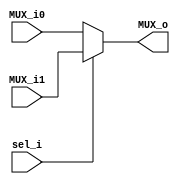
`timescale 1ns / 1ps
//////////////////////////////////////////////////////////////////////////////////
// Company: 
// Engineer: 
// 
// Design Name: 
// Module Name: MUX
// Project Name: 
// Target Devices: 
// Tool Versions: 
// Description: 
// 
// Dependencies: 
// 
// Revision:
// Revision 0.01 - File Created
// Additional Comments:
// 
//////////////////////////////////////////////////////////////////////////////////


module MUX(
    input [31:0] MUX_i0,
    input [31:0] MUX_i1,
    input        sel_i,
    output [31:0] MUX_o
    );
    
    assign MUX_o = sel_i ? MUX_i1 : MUX_i0;
    
endmodule